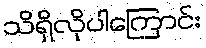
သိရှိလိုပါကြောင်း